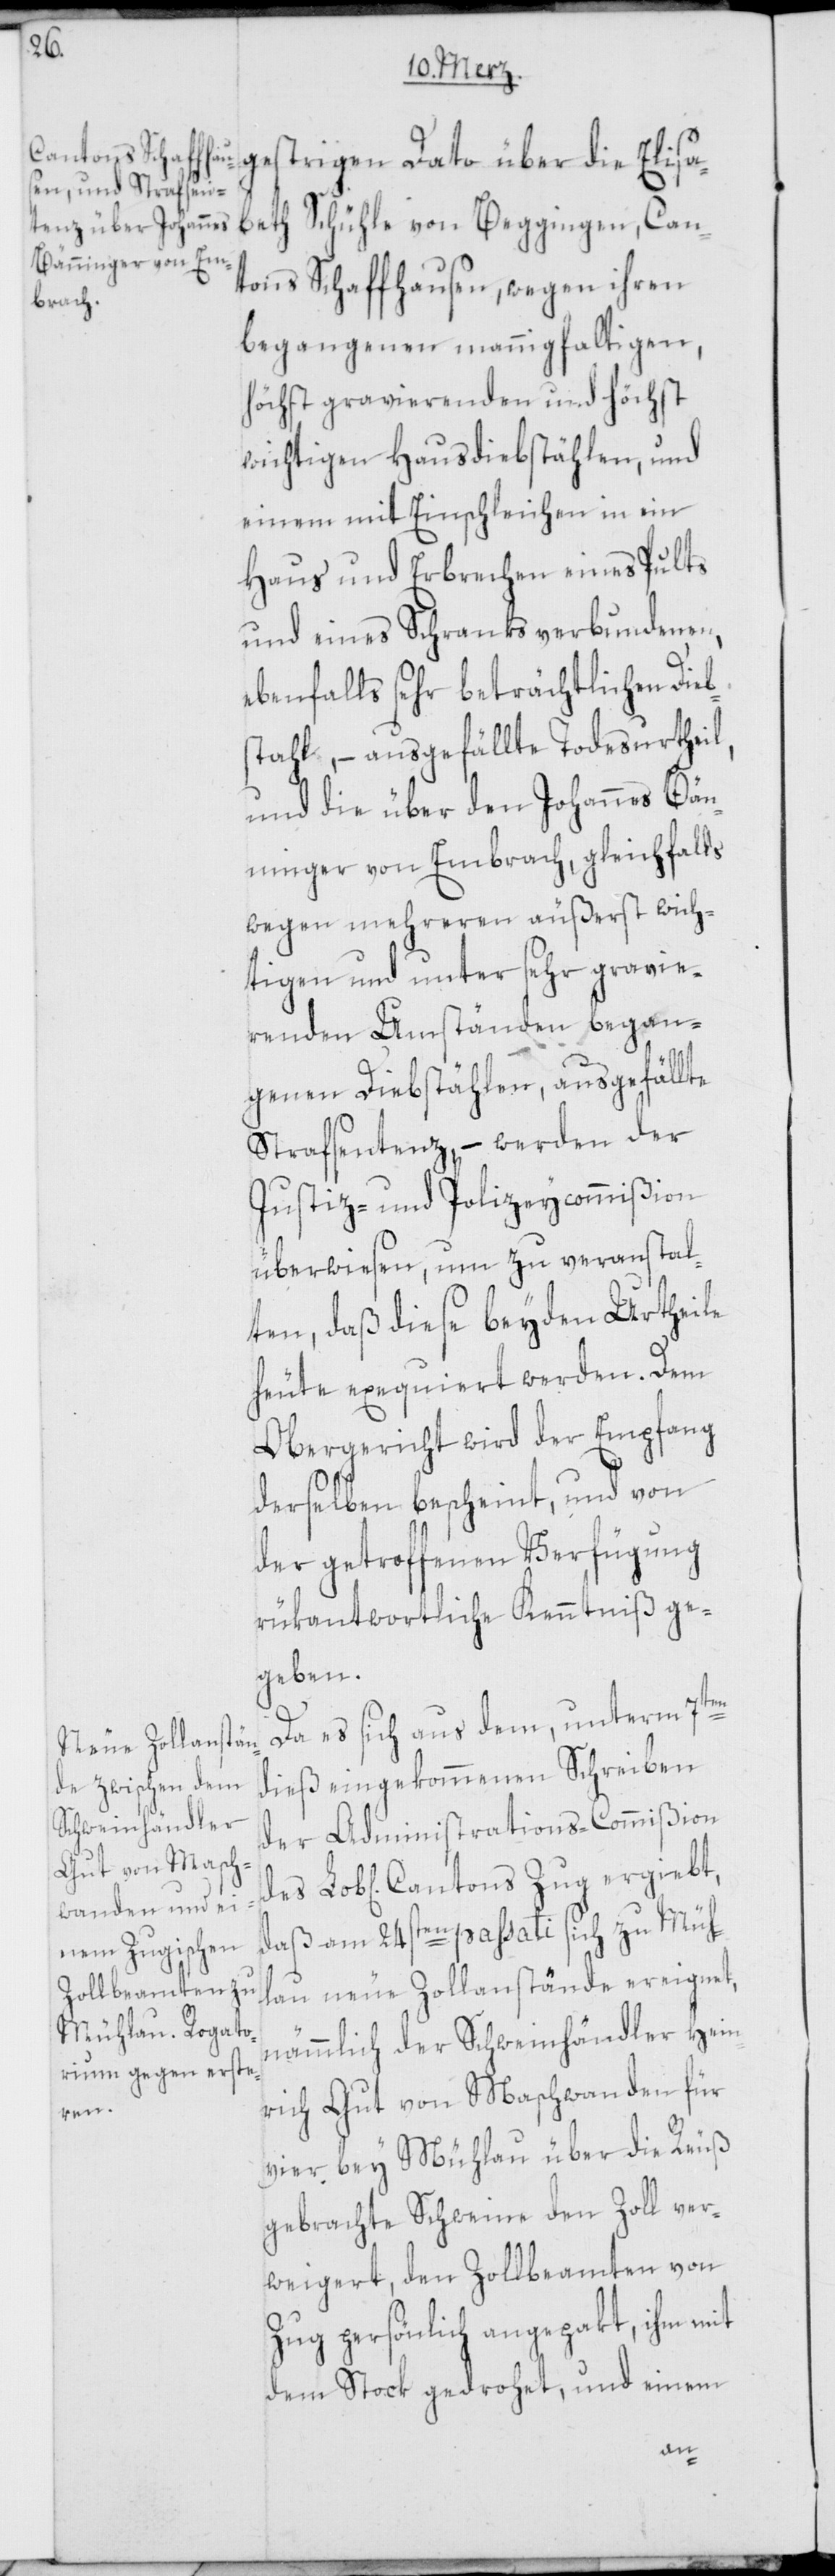
Dato über die Elisabeth Schühle von Beggingen, Can¬
tons Schaffhausen, wegen ihren
begangenen mannigfaltigen,
höchst gravierenden und höchst
wichtigen Hausdiebstählen, und
einem mit Einschleichen in ein
Haus und Erbrechen eines Pults
und eines Schranks verbundenen,
ebenfalls sehr beträchtlichen Dieb¬
stahl, – ausgefällte Todesurtheil,
und die über den Johannes Bän¬
ninger von Embrach, gleichfalls
wegen mehreren äußerst wich¬
tigen und unter sehr gravie¬
renden Umständen began¬
genen Diebstählen, ausgefällte
Strafsentenz, – werden der
Justiz- und Polizeycommißion
überwiesen, um zu veranstal¬
ten, daß diese beyden Urtheile
heute exequiert werden. Dem
Obergericht wird der Empfang
derselben bescheint, und von
der getroffenen Verfügung
rükantwortliche Kenntniß ge¬
geben.
Da es sich aus dem, unterm 7ten
dieß eingekommenen Schreiben
der Administrations-Commißion
daß am 24sten passati sich zu Mühl¬
au neue Zollanstände ereignet,
nämmlich der Schweinhändler Hein¬
rich Gut von Maschwanden für
vier bey Mühlau über die Reuß
gebrachte Schweine den Zoll ver¬
weigert, den Zollbeamten von
Zug persönlich angepakt, ihm mit
dem Stock gedrohet und einem